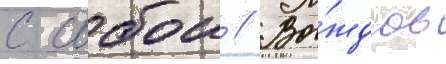
с собои // Вы́ждав